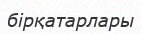
бірқатарлары